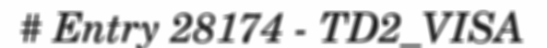
# Entry 28174 - TD2_VISA